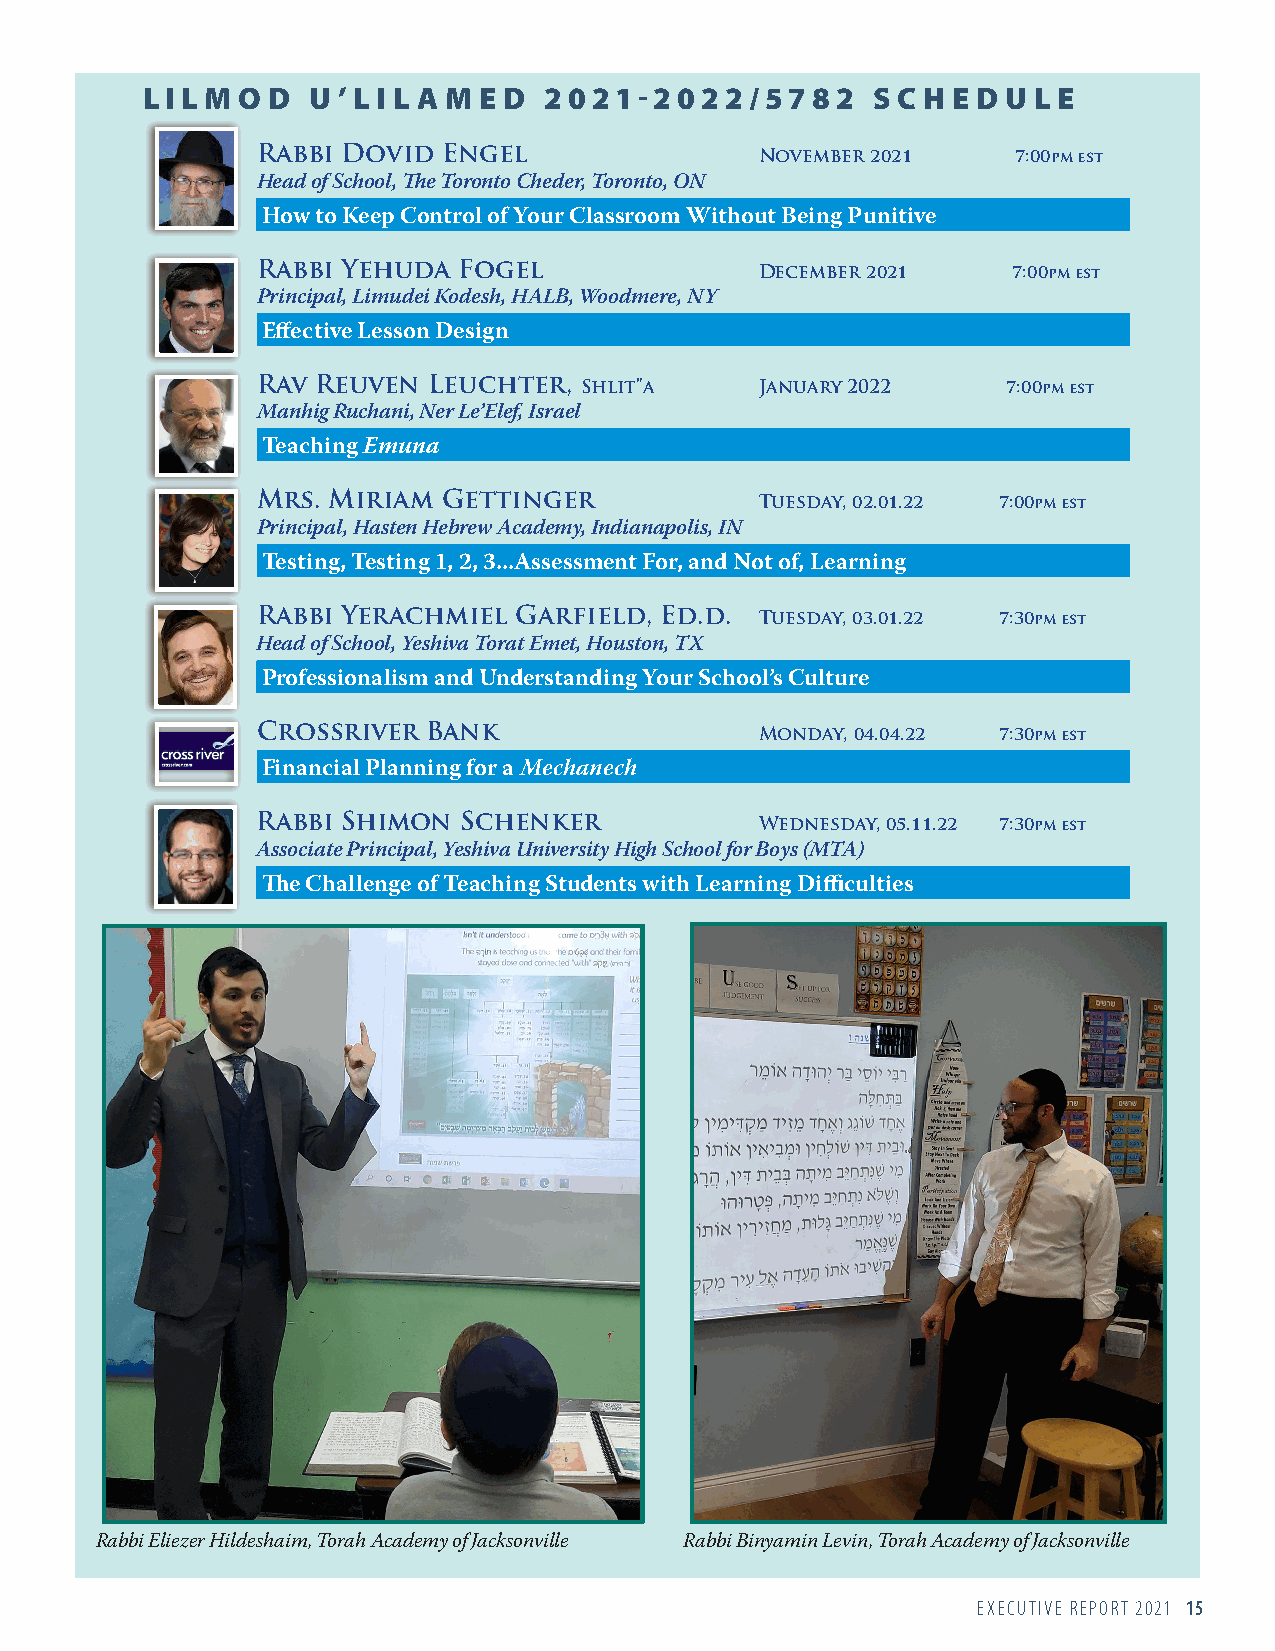
L I L M O D U ’ L I L A M E D 2021-2022/5782     S C H E D U L E
 Rabbi Dovid Engel                November 2021    7:00pm est
 Head of School, The Toronto Cheder, Toronto, ON
 How to Keep Control of Your Classroom Without Being Punitive
 Rabbi Yehuda Fogel               December 2021    7:00pm est
 Principal, Limudei Kodesh, HALB, Woodmere, NY
 Effective Lesson Design
 Rav Reuven Leuchter, Shlit”a     January 2022     7:00pm est
 Manhig Ruchani, Ner Le’Elef, Israel
 Teaching Emuna
 Mrs. Miriam Gettinger            Tuesday, 02.01.22 7:00pm est
 Principal, Hasten Hebrew Academy, Indianapolis, IN
 Testing, Testing 1, 2, 3...Assessment For, and Not of, Learning
 Rabbi Yerachmiel Garfield, Ed.d. Tuesday, 03.01.22 7:30pm est
 Head of School, Yeshiva Torat Emet, Houston, TX
 Professionalism and Understanding Your School’s Culture
 Crossriver Bank                  Monday, 04.04.22 7:30pm est
 Financial Planning for a Mechanech
 Rabbi Shimon  Schenker           Wednesday, 05.11.22 7:30pm est
 Associate Principal, Yeshiva University High School for Boys (MTA)
 The Challenge of Teaching Students with Learning Difficulties
 Rabbi Eliezer Hildeshaim, Torah Academy of Jacksonville Rabbi Binyamin Levin, Torah Academy of Jacksonville
 EXECUTIVE REPORT 2021 15